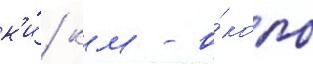
к'и́/ км - о́коло